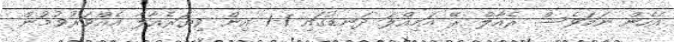
އެހެން ނަމަވެސް ރެއާލް ރޭ އަމިއްލަ ދަނޑުގައި 1-1 އިން ވިޔަރެއާލާ އެއްވަރުވުމުން